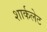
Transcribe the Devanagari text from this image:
शार्कलेट